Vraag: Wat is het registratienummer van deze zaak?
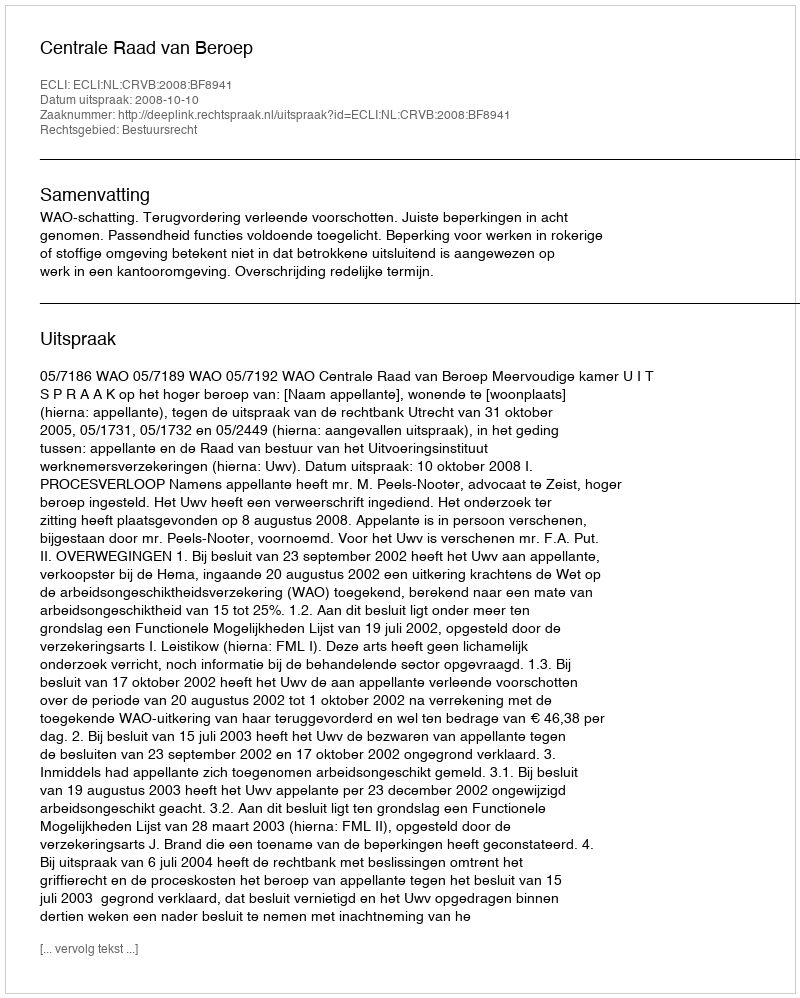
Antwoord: http://deeplink.rechtspraak.nl/uitspraak?id=ECLI:NL:CRVB:2008:BF8941